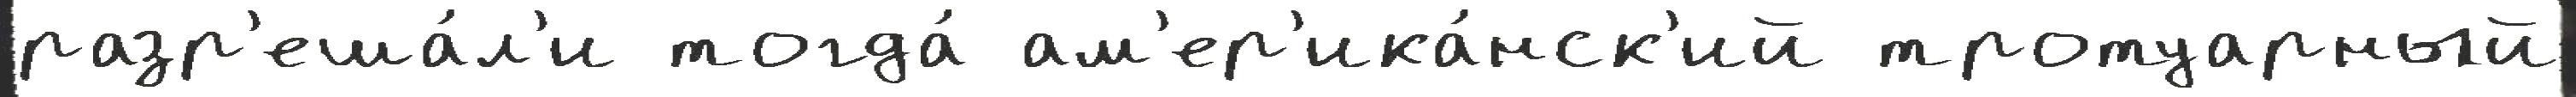
разр'еша́л'и тогда́ ам'ер'ика́нск'ий тротуарный